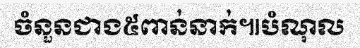
ចំនួនជាង៥ពាន់នាក់៕បំណុល